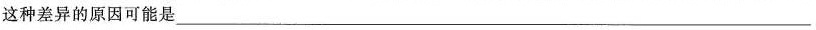
这种差异的原因可能是___